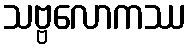
သဗ္ဗလောကဿ